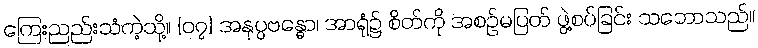
ကြေးညည်းသံကဲ့သို့။ {၀၇} အနုပ္ပဗန္ဓော၊ အာရုံ၌ စိတ်ကို အစဉ်မပြတ် ဖွဲ့စပ်ခြင်း သဘောသည်။